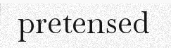
pretensed